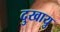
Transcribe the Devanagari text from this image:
दुखायु